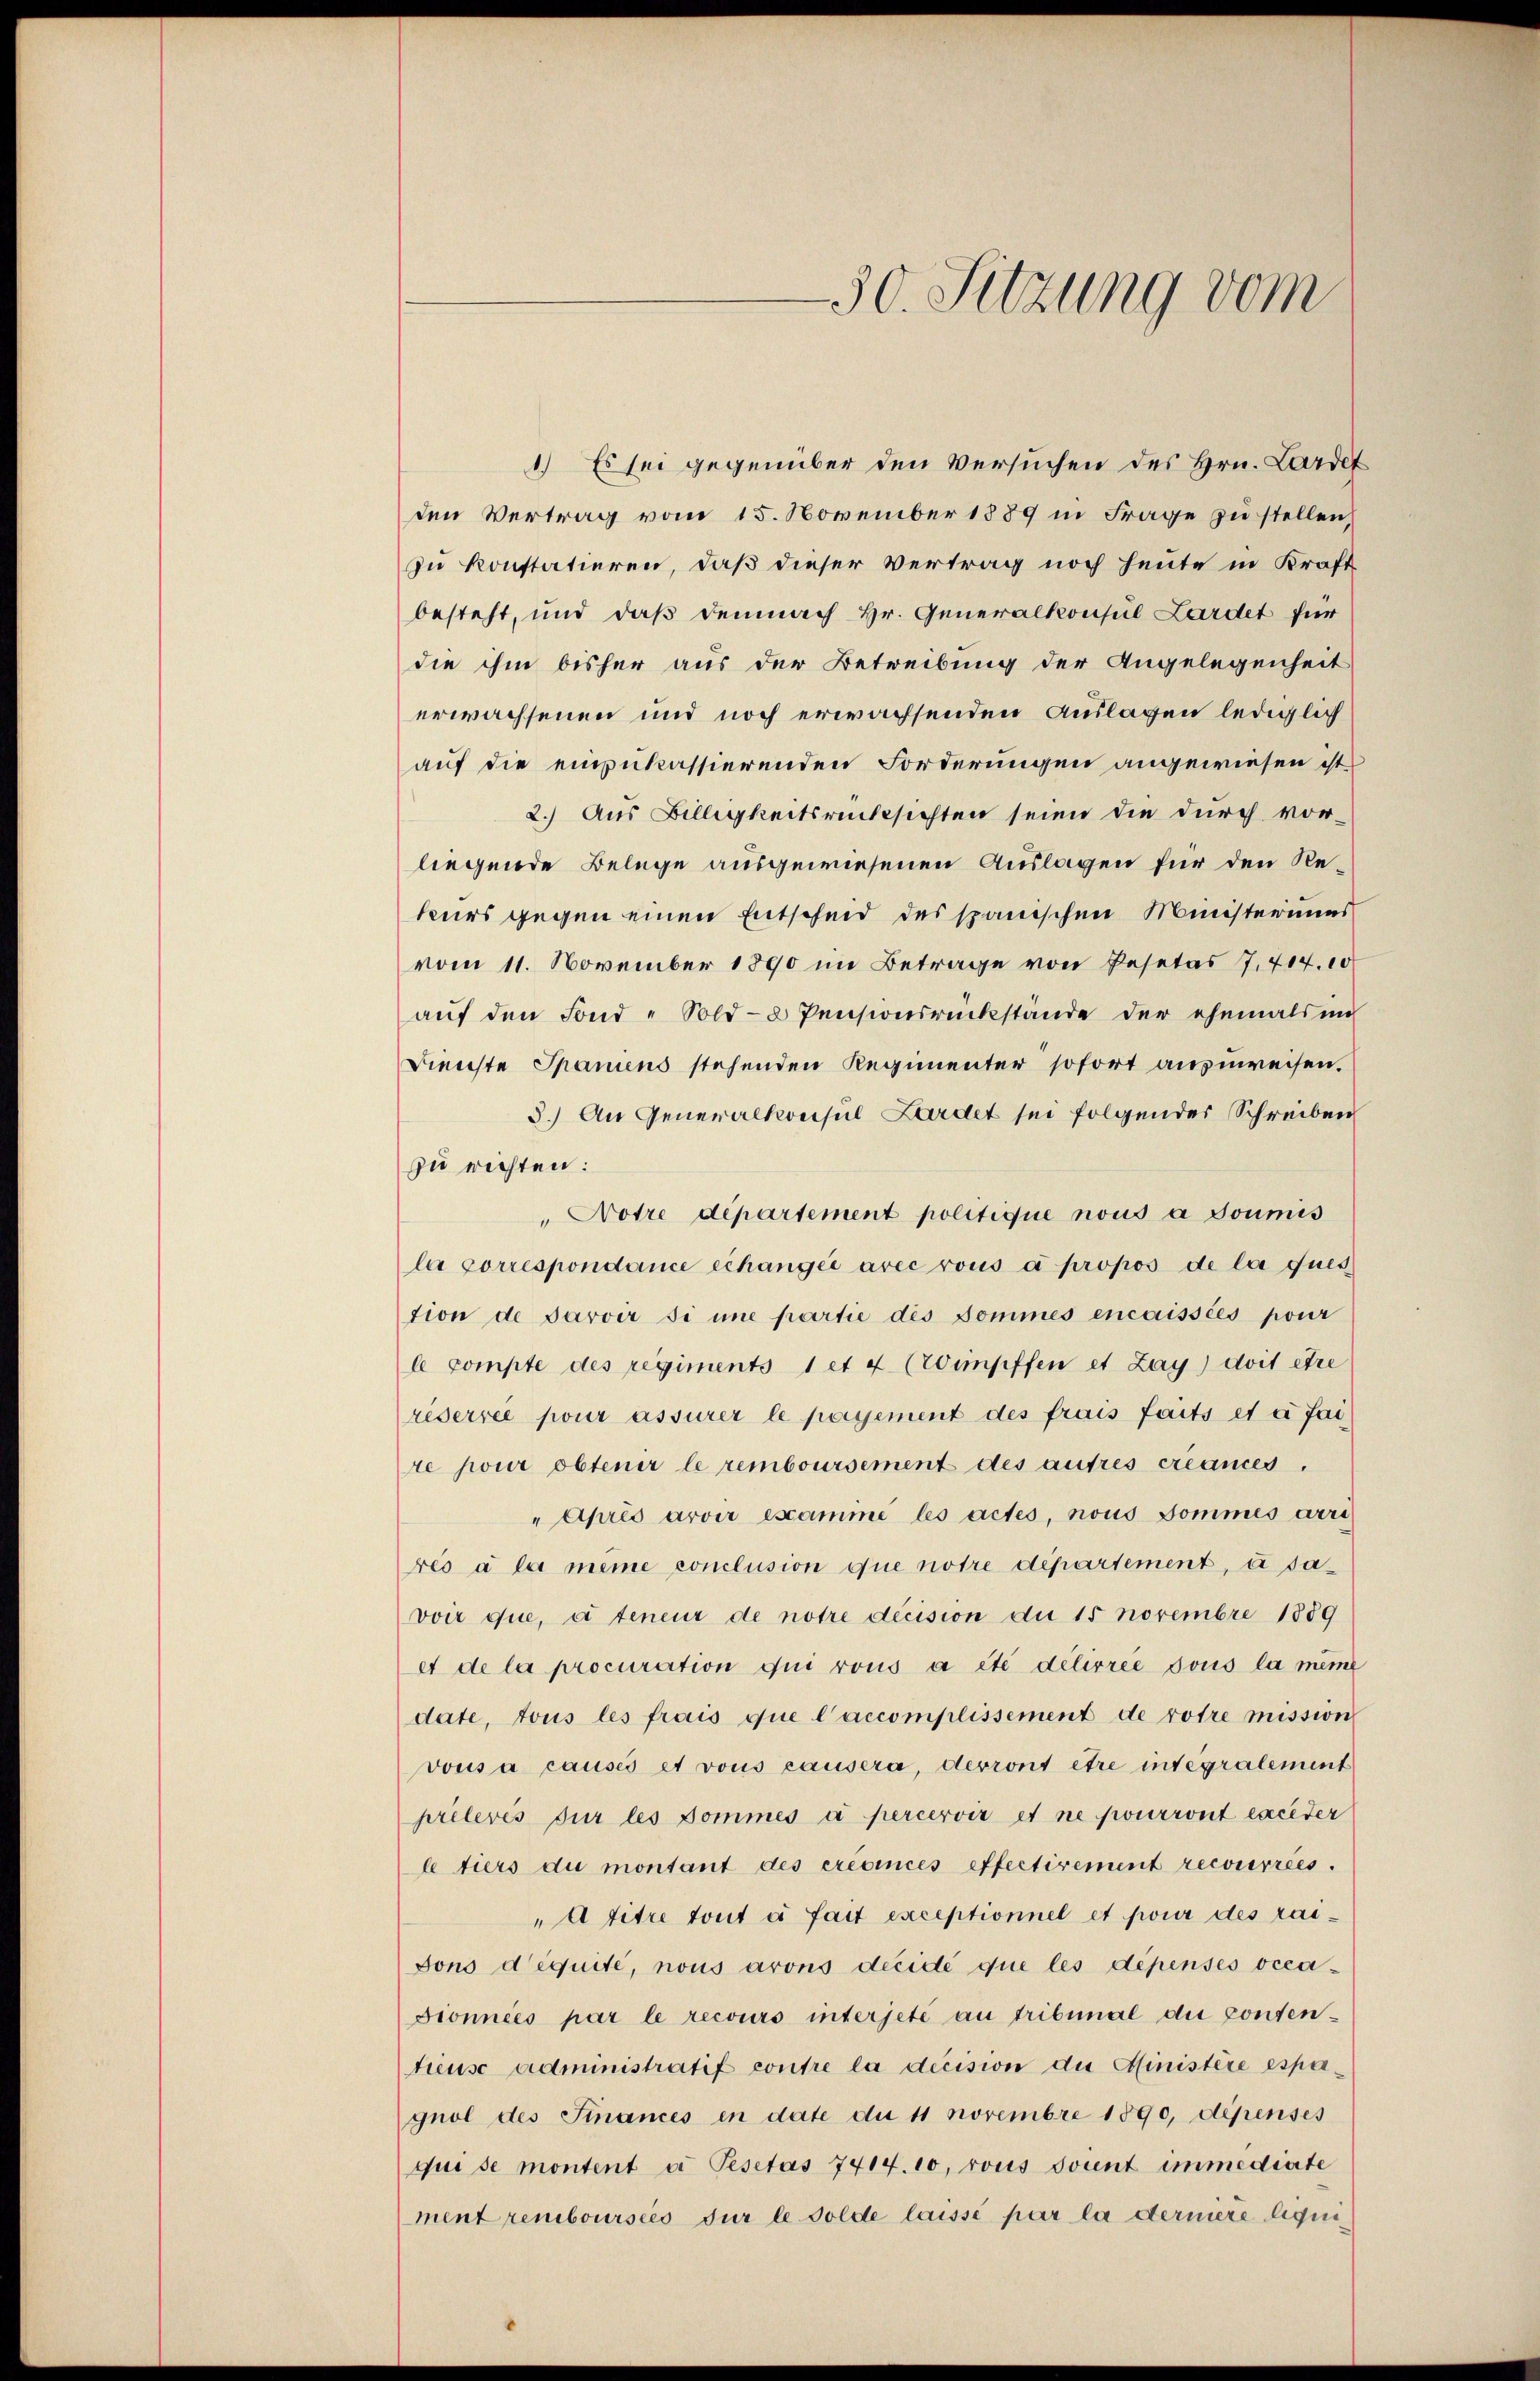
1.) Es sei gegenüber den Versuchen des Hrn. Lardet
den Vertrag vom 15. November 1889 in Frage zu stellen,
zu konstatieren, daß dieser Vertrag noch heute in Kraft
besteht, und daß demnach Hr. Generalkonsul Lardet für
die ihm bisher aus der Betreibung der Angelegenheit
erwachsenen und noch erwachsenden Auslagen lediglich
auf die einpukassierenden Forderungen angewiesen ist.
2.) Aus Billigkeitsrücksichten seien die durch vor-
liegende Belege ausgewiesenen Auslagen für den Reteurs gegen einen Entscheid des spanischen Ministeriums
vom 11. November 1890 im Betrage von Pasetas 7. 414.10
aŭf den Fond -Sold- & Pensionsrückstände der ehemals in
Dienste Spaniens stehenden Regimenter sofort anzuweisen.
3.) An Generalkonsul Lardet sei folgender Schreiben
zu richten:
"Notre département politique nous a soumis
la correspondance échangée avec vous à propos de la ques
tion de parver si une partie des Domines encaissées pour
l compte des regiments 1 et 4 (Wimpffen et Zay) doit être
riserree pour assurer le payement des frais faits et à fai
re pour obtenir le remboursement des autres créances.
Après avoir examme les actes, nous Sommes arri
res à la meine conclusion que notre département, u savoir que, à teneur de notre decision du 15 Novembre 1889
et de la procuration qui rous a été délivree sous la meine
date, tous les frais que l’accomplissement de rotre mission
vous à causes et vous causera, devront être integralement
prélevés sur les Dommés à percervir et ne pourront exceder
l tiers du montant des crévices effectivement recourrées.
"A titre tout à fait exceptionnel et pour des raidons d’équité, nous arons decidé que les dépensés occa¬
Dionnées par le recours interjeté au tribunal die contentieuse administratif contre la decision die Ministère espaguol des Finances in date du 11 Novembre 1890, dépenses
qui se montent a Pesetas 7414. 10, rous soient immediate
ment remboursees für le solde laissé par la dermere liqui¬

30. Sitzung vom